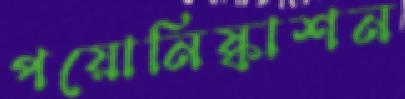
পয়োনিষ্কাশন